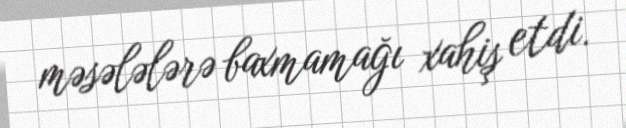
məsələlərə baxmamağı xahiş etdi.